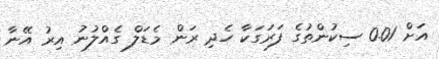
އަށް 0.01 ސިކުންތުގެ ފަރަގަކާ ހެދި ރަން މެޑަލް ގެއްލުނު އިރު އޭނާ